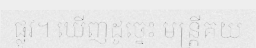
ផ្លូវ។ ឃើញដូច្នេះ មន្ត្រីគយ